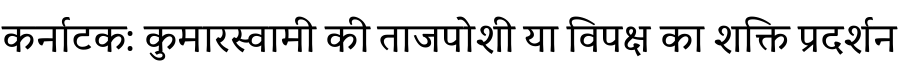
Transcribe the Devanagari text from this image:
कर्नाटक: कुमारस्वामी की ताजपोशी या विपक्ष का शक्ति प्रदर्शन